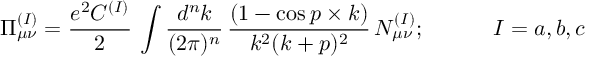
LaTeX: \Pi _ { \mu \nu } ^ { ( I ) } = { \frac { e ^ { 2 } C ^ { ( I ) } } { 2 } } \, \int { \frac { d ^ { n } k } { ( 2 \pi ) ^ { n } } } \, { \frac { ( 1 - \cos p \times k ) } { k ^ { 2 } ( k + p ) ^ { 2 } } } \, N _ { \mu \nu } ^ { ( I ) } ; \; \; \; \; \; \; \; \; \; \; \; I = a , b , c